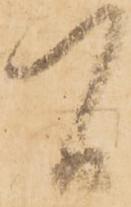
間